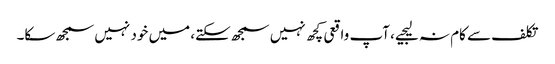
تکلف سے کام نہ لیجیے، آپ واقعی کچھ نہیں سمجھ سکتے، میں خود نہیں سمجھ سکا۔